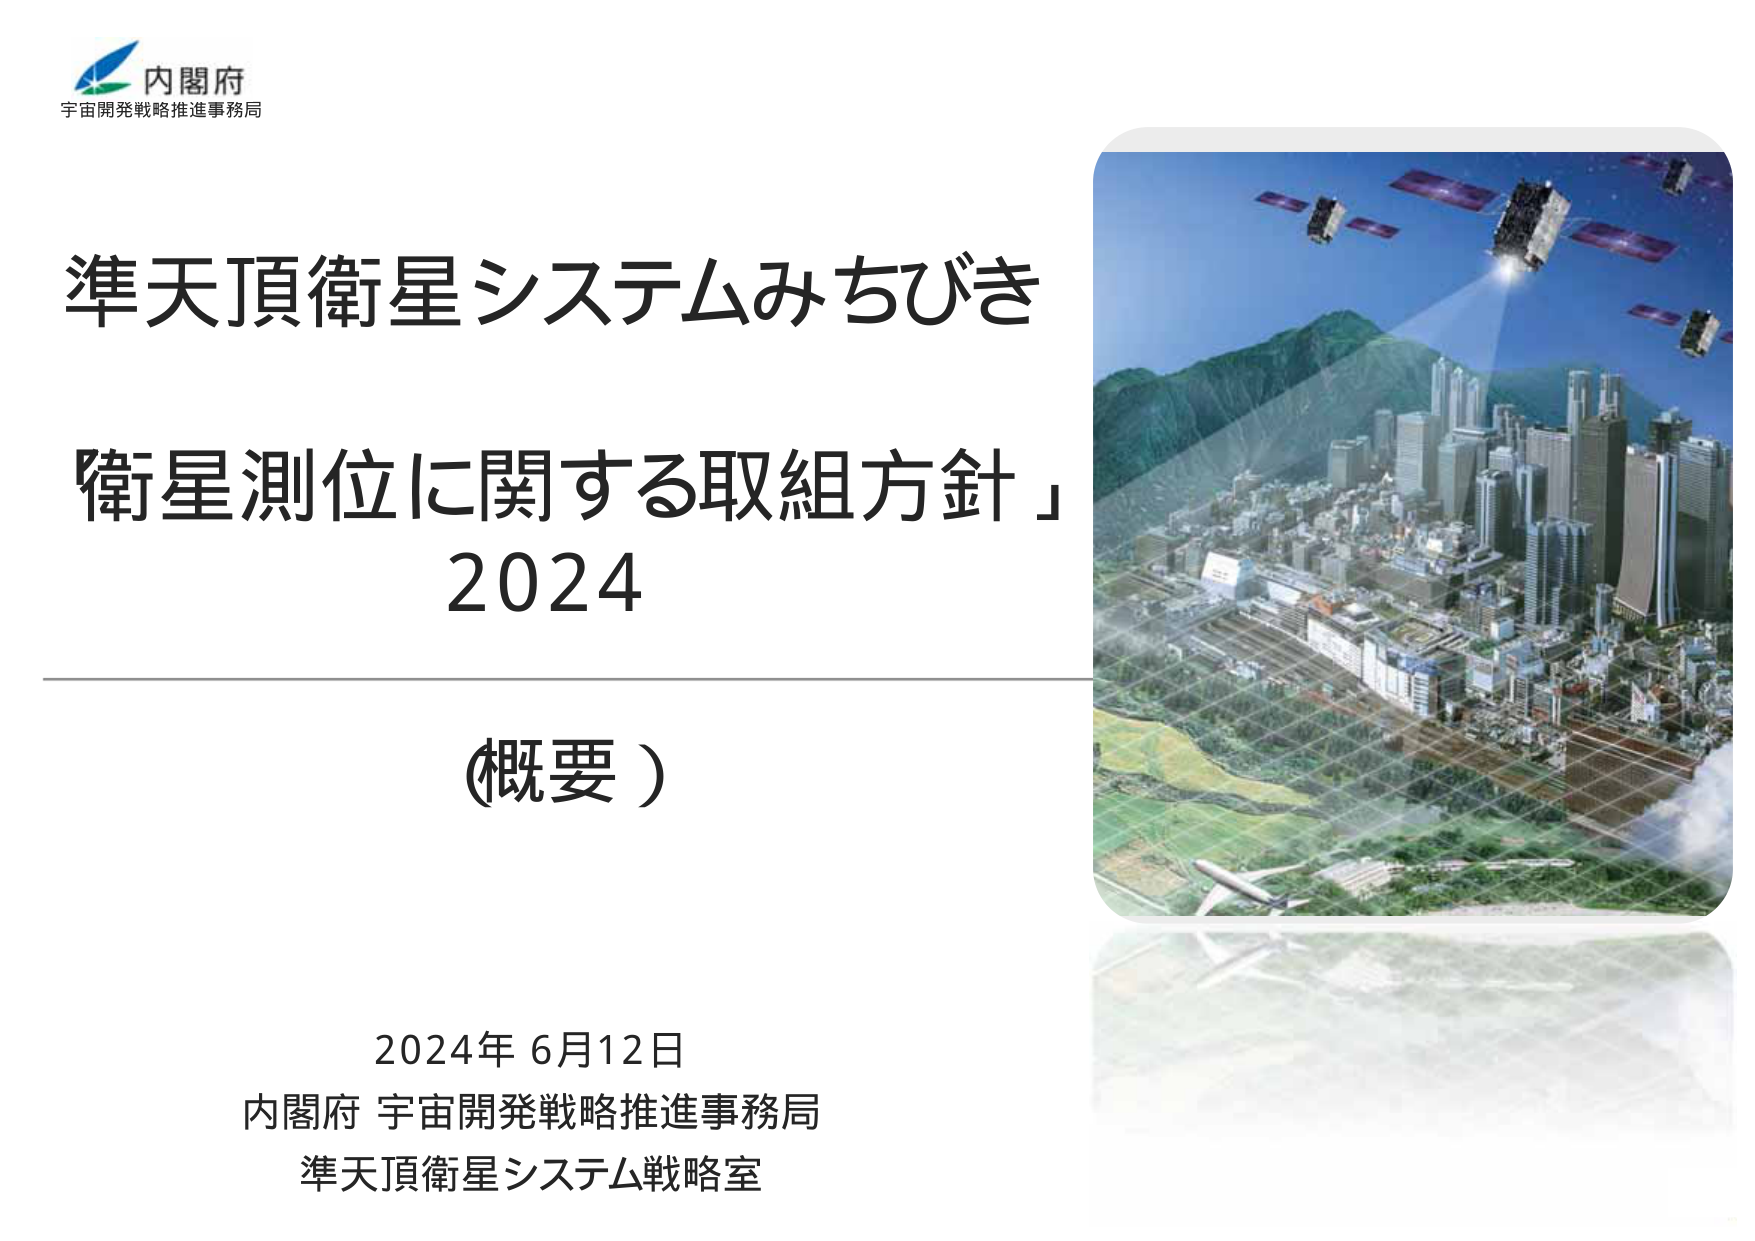
内閣府
宇宙開発戦略推進事務局

準天頂衛星システムみちびき
衛星測位に関する取組方針」
2024

（概要）

2024年 6月12日
内閣府 宇宙開発戦略推進事務局
準天頂衛星システム戦略室